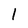
Character: l